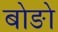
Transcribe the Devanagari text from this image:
बोङो